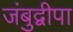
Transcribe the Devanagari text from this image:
जंबुद्वीपा